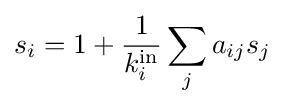
s_{i}=1+{\frac {1}{k_{i}^{\text{in}}}}\sum _{j}a_{ij}s_{j}